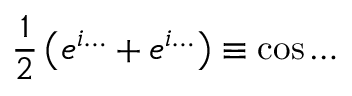
\frac 1 2 \left( e ^ { i \dots { } } + e ^ { i \dots { } } \right) \equiv \cos \dots { }